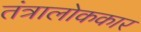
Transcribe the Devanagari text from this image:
तंत्रालोककार